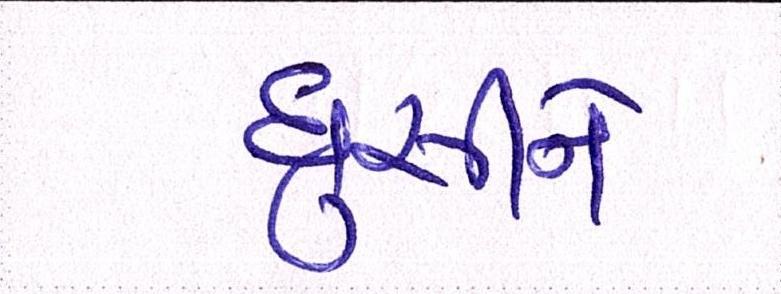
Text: ઘુસીને